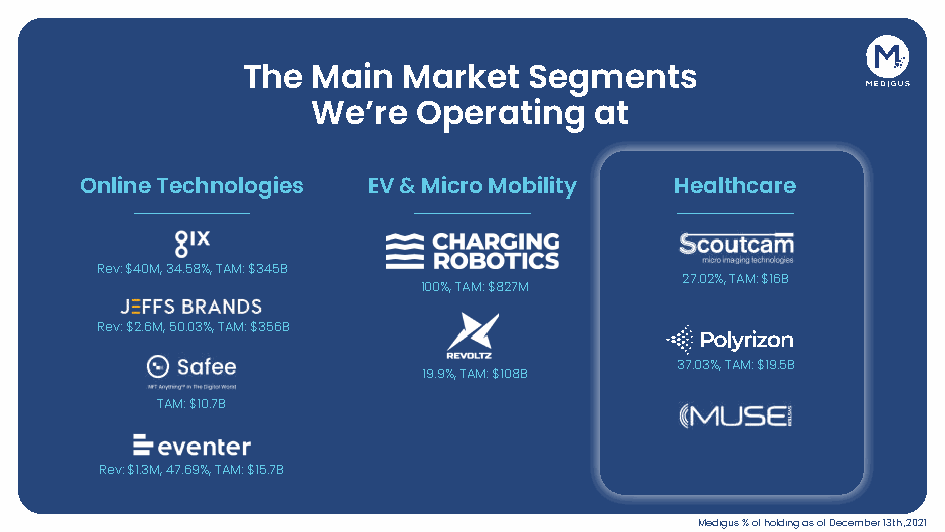
The  Main  Market  Segments
 We’re  Operating  at
 Online Technologies EV & Micro Mobility Healthcare
 Rev: $40M, 34.58%, TAM: $345B
 27.02%, TAM: $16B
 100%, TAM: $827M
 Rev: $2.6M, 50.03%, TAM: $356B
 37.03%, TAM: $19.5B
 19.9%, TAM: $108B
 TAM: $10.7B
 Rev: $1.3M, 47.69%, TAM: $15.7B
 Medigus % of holding as of December 13th, 2021